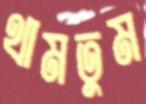
থামতুম